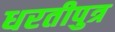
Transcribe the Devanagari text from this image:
धरतीपुत्र